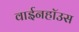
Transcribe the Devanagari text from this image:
वाईनहॉउस